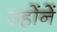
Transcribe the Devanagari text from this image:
उहोंनें